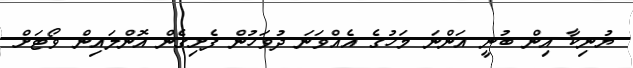
ޔުނިކާ އިން ބުނީ އަންނަ މަހުގެ އެއްވަނަ ދުވަހުން ފެށިގެން އޮންލައިން ވޯޓަށް